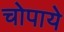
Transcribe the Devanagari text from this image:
चोपाये